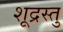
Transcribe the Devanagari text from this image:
शूद्रस्तु